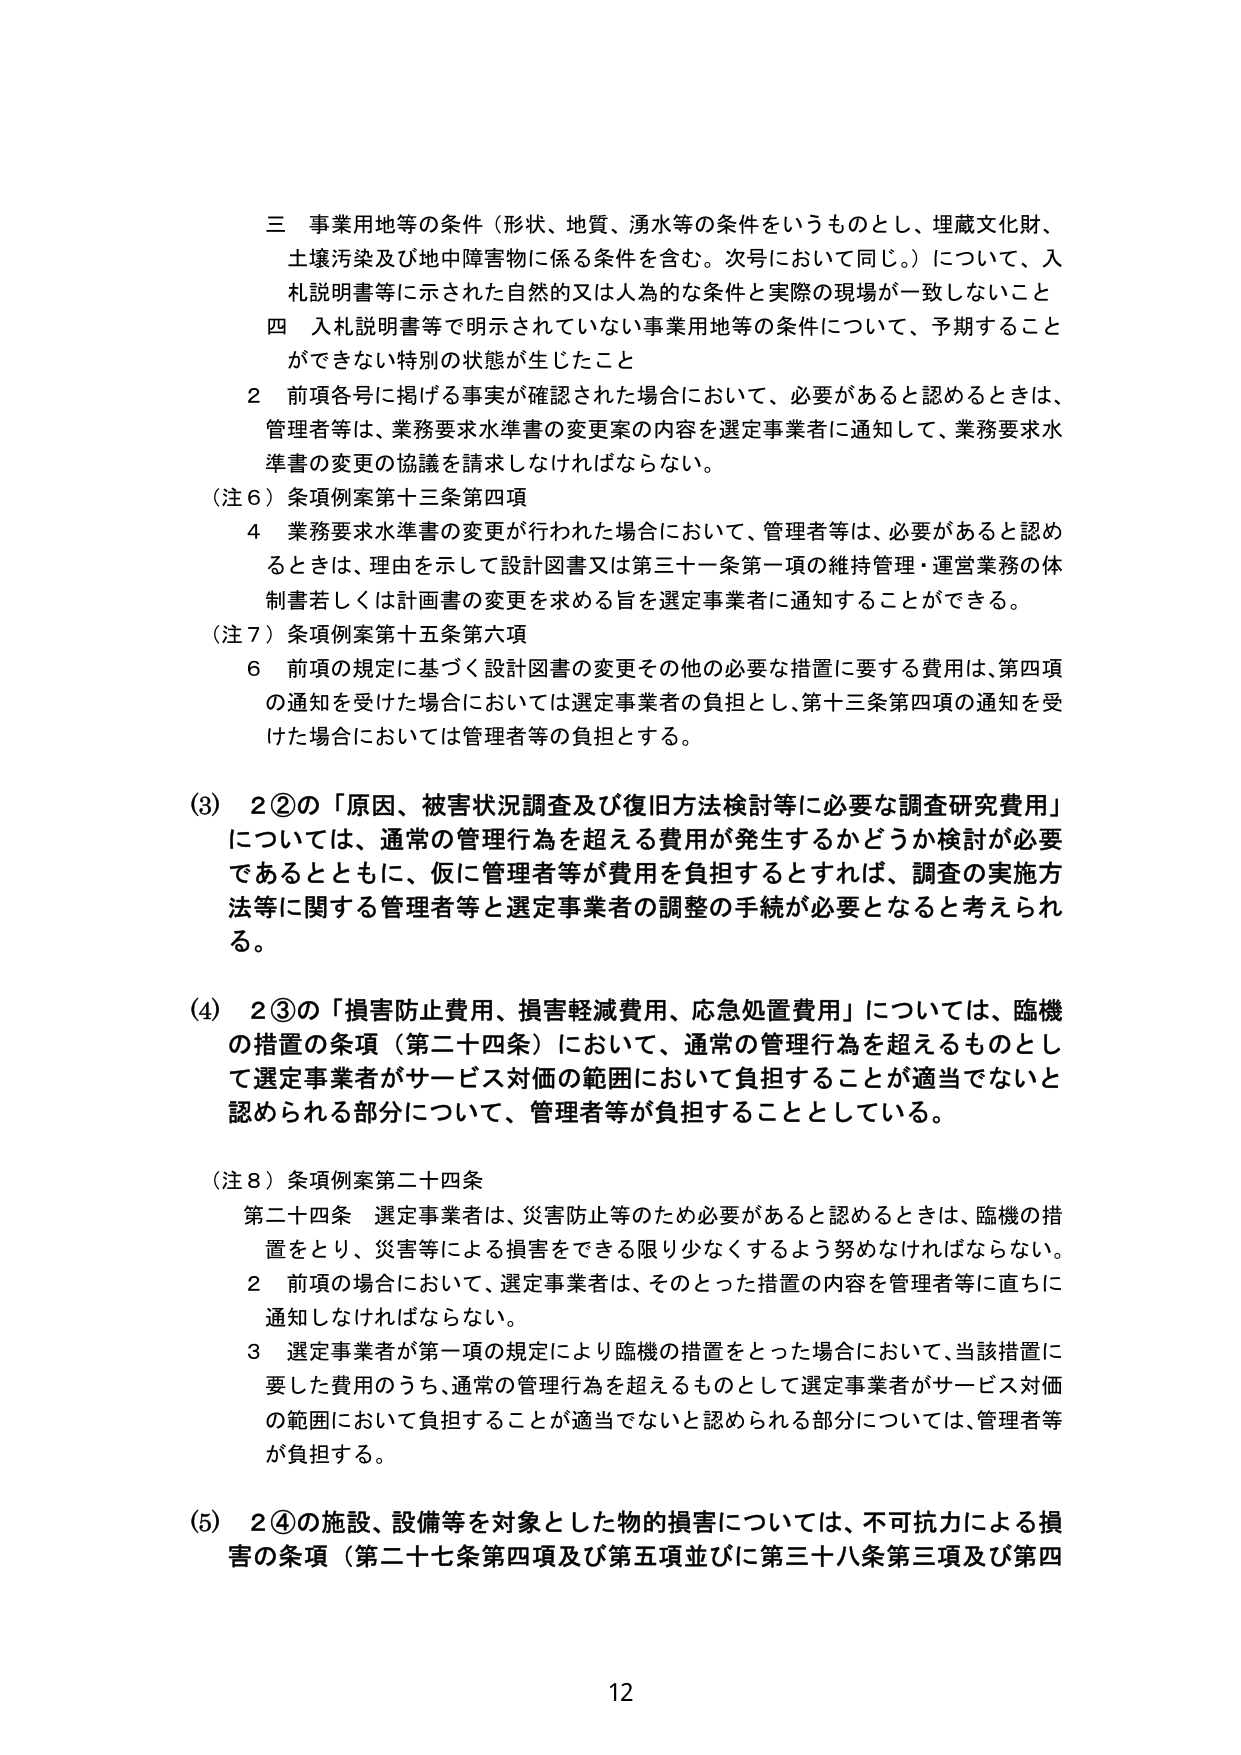
三 事業用地等の条件（形状、地質、湧水等の条件をいうものとし、埋蔵文化財、
土壌汚染及び地中障害物に係る条件を含む。次号において同じ。）について、入
札説明書等に示された自然的又は人為的な条件と実際の現場が一致しないこと
四 入札説明書等で明示されていない事業用地等の条件について、予期すること
ができない特別の状態が生じたこと
2 前項各号に掲げる事実が確認された場合において、必要があると認めるときは、
管理者等は、業務要求水準書の変更案の内容を選定事業者に通知して、業務要求水
準書の変更の協議を請求しなければならない。
（注６）条項例案第十三条第四項
4 業務要求水準書の変更が行われた場合において、管理者等は、必要があると認め
るときは、理由を示して設計図書又は第三十一条第一項の維持管理・運営業務の体
制書若しくは計画書の変更を求める旨を選定事業者に通知することができる。
（注７）条項例案第十五条第六項
6 前項の規定に基づく設計図書の変更その他の必要な措置に要する費用は、第四項
の通知を受けた場合においては選定事業者の負担とし、第十三条第四項の通知を受
けた場合においては管理者等の負担とする。
(3) 2②の「原因、被害状況調査及び復旧方法検討等に必要な調査研究費用」
については、通常の管理行為を超える費用が発生するかどうか検討が必要
であるとともに、仮に管理者等が費用を負担するとすれば、調査の実施方
法等に関する管理者等と選定事業者の調整の手続が必要となると考えられ
る。
(4) 2③の「損害防止費用、損害軽減費用、応急処置費用」については、臨機
の措置の条項（第二十四条）において、通常の管理行為を超えるものとし
て選定事業者がサービス対価の範囲において負担することが適当でないと
認められる部分について、管理者等が負担することとしている。
（注８）条項例案第二十四条
第二十四条 選定事業者は、災害防止等のため必要があると認めるときは、臨機の措
置をとり、災害等による損害をできる限り少なくするよう努めなければならない。
2 前項の場合において、選定事業者は、そのとった措置の内容を管理者等に直ちに
通知しなければならない。
3 選定事業者が第一項の規定により臨機の措置をとった場合において、当該措置に
要した費用のうち、通常の管理行為を超えるものとして選定事業者がサービス対価
の範囲において負担することが適当でないと認められる部分については、管理者等
が負担する。
(5) 2④の施設、設備等を対象とした物的損害については、不可抗力による損
害の条項（第二十七条第四項及び第五項並びに第三十八条第三項及び第四
12